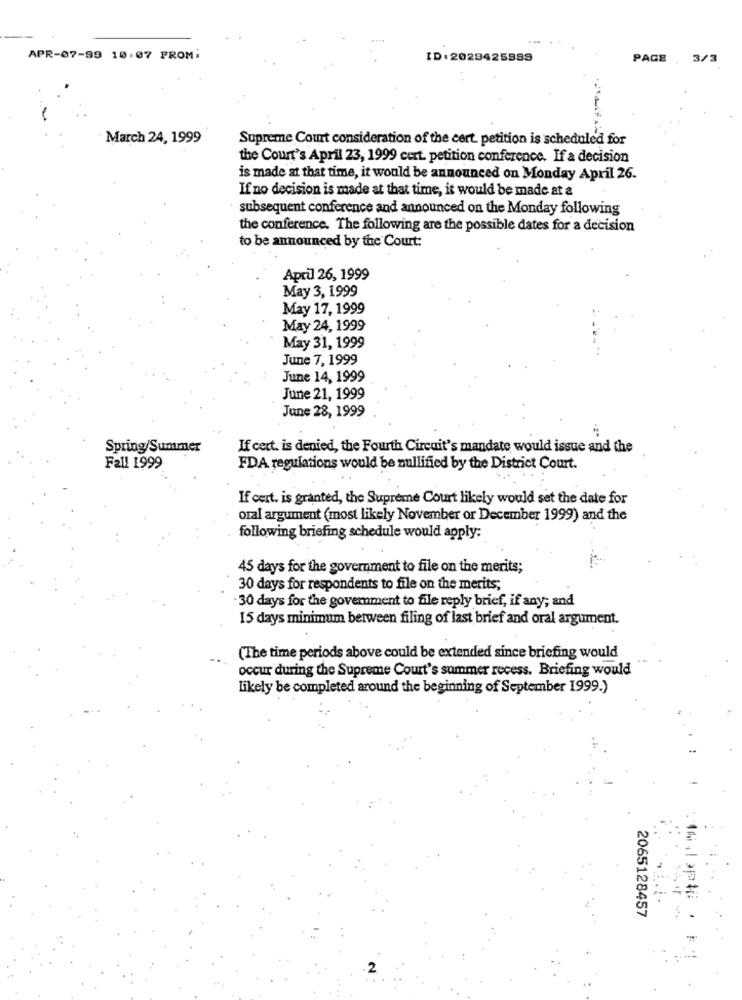
APR-07-99 10:07 FROM:
ID:2029425999
PAGE , 3/3
March 24, 1999
Supreme Court consideration of the cert petition is scheduled for
the Court's April 23, 1999 cert. petition conference. If a decision
is made at that time, it would be announced on Monday April 26.
If no decision is made at that time, it would be made at a
subsequent conference and announced on the Monday following
the conference. The following are the possible dates for a decision
to be announced by the Court:
April 26, 1999
May 3, 1999
May 17, 1999
May 24, 1999
May 31, 1999
June 7, 1999
June 14, 1999
June 21, 1999
June 28, 1999
Spring/Summer
If cert. is denied, the Fourth Circuit's mandate would issue and the
Fall 1999
FDA regulations would be nullified by the District Court.
If cert. is granted, the Supreme Court likely would set the date for
oral argument (most likely November or December 1999) and the
following briefing schedule would apply:
45 days for the government to file on the merits;
30 days for respondents to file on the merits;
30 days for the goverment to file reply brief, if any; and
15 days minimum between filing of last brief and oral argument.
(The time periods above could be extended since briefing would
occur during the Supreme Court's summer recess. Briefing would
likely be completed around the beginning of September 1999.)
2065128457
2